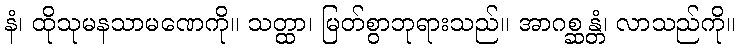
နံ၊ ထိုသုမနသာမဏေကို။ သတ္ထာ၊ မြတ်စွာဘုရားသည်။ အာဂစ္ဆန္တံ၊ လာသည်ကို။